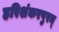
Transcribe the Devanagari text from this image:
हरिशंकरपुरम्